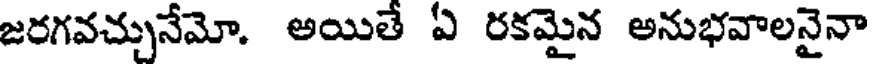
జరగవచ్చునేమో. అయితే ఏ రకమైన అనుభవాలనైనా